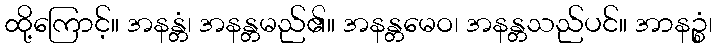
ထို့ကြောင့်။ အနန္တံ၊ အနန္တမည်၏။ အနန္တမေဝ၊ အနန္တသည်ပင်။ အာနဉ္စံ၊